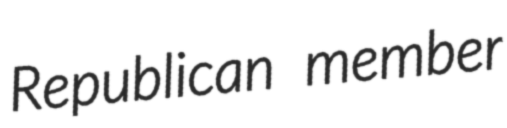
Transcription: Republican member